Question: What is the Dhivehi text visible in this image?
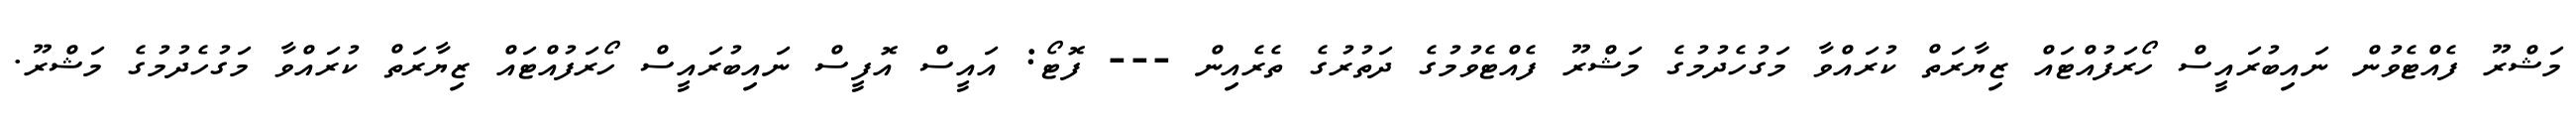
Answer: މަޝްރޫ ފެއްޓެވުން ނައިބުރައީސް ހޯރަފުއްޓައް ޒިޔާރަތް ކުރައްވާ މަގުހެދުމުގެ މަޝްރޫ ފެއްޓެވުމުގެ ދަތުރުގެ ތެރެއިން --- ފޮޓޯ: އައީސް އޮފީސް ނައިބުރައީސް ހޯރަފުއްޓައް ޒިޔާރަތް ކުރައްވާ މަގުހެދުމުގެ މަޝްރޫ.